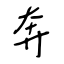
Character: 奔